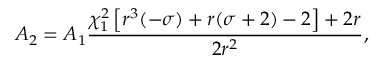
A _ { 2 } = A _ { 1 } \frac { \chi _ { 1 } ^ { 2 } \left[ r ^ { 3 } ( - \sigma ) + r ( \sigma + 2 ) - 2 \right] + 2 r } { 2 r ^ { 2 } } ,